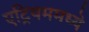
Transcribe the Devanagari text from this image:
एट्रियममध्ये